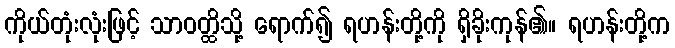
ကိုယ်တုံးလုံးဖြင့် သာဝတ္ထိသို့ ရောက်၍ ရဟန်းတို့ကို ရှိခိုးကုန်၏။ ရဟန်းတို့က